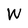
Character: W